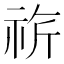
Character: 𥙚